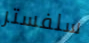
سلفستر